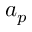
a _ { p }